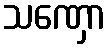
သဏှော